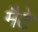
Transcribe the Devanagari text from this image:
मैटे